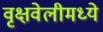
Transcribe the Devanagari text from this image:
वृक्षवेलीमध्ये